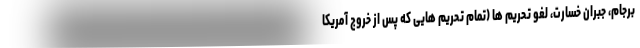
برجام، جبران خسارت، لغو تحریم ها (تمام تحریم هایی که پس از خروج آمریکا